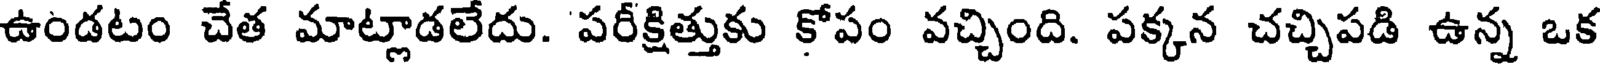
ఉండటం చేత మాట్లాడలేదు. పరీక్షిత్తుకు కోపం వచ్చింది. పక్కన చచ్చిపడి ఉన్న ఒక